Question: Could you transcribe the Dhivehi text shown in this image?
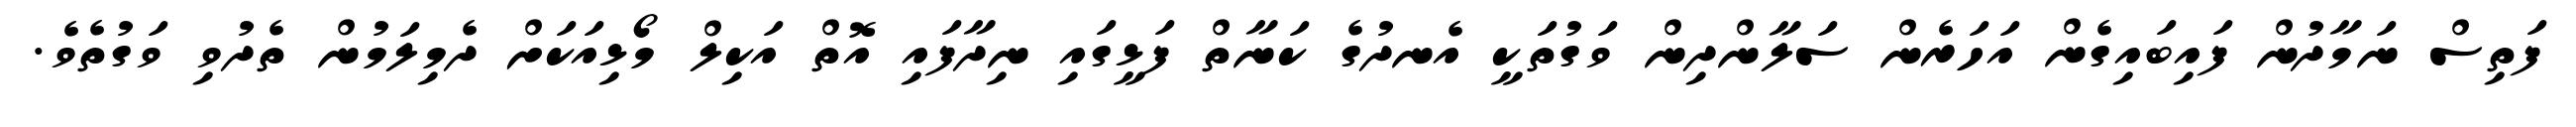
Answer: ފަތިސް ނަމާދުން ފައިބައިގެން އަހަރެން ސަލާންދިން ވަގުތަކީ އެނދުގެ ކަނާތް ފަޅީގައި ނިދާފައި އޮތް އަކިލް މޯޅިއަކަށް ދެމިލަމުން ތެދުވި ވަގުތެވެ.